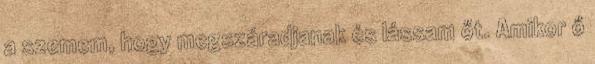
a szemem, hogy megszáradjanak és lássam őt. Amikor ő